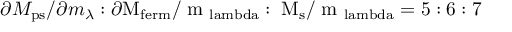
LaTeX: \partial M _ { \mathrm { p s } } / \partial m _ { \lambda } : \partial \mathrm { M _ { f e r m } / \partial m _ { \ l a m b d a } : \partial M _ { \mathrm { s } } / \partial m _ { \ l a m b d a } = 5 : 6 : 7 }